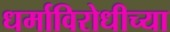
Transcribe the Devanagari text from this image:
धर्माविरोधीच्या